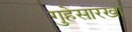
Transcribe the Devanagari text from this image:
गुहेसारखा